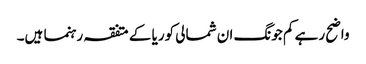
واضح رہے کم جونگ ان شمالی کوریا کے متفقہ رہنما ہیں۔